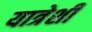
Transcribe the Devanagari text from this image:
यात्रेशी